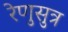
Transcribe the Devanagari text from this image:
रेणुसुत्र